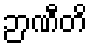
ဉာဏီတိ